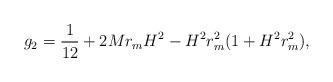
LaTeX: \begin{align*}g_2=\frac{1}{12}+2Mr_mH^2-H^2r^2_m(1+H^2r^2_m),\end{align*}